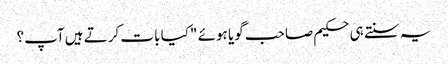
یہ سنتے ہی حکیم صاحب گویا ہوئے "کیا بات کرتے ہیں آپ؟